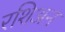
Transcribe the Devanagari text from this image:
रशिअन